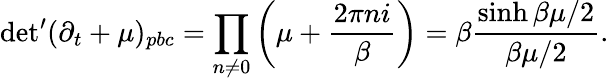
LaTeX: \mathrm{det}^{\prime}(\partial_{t}+\mu)_{pbc}=\prod_{n\neq 0}\left(\mu+\frac{2\pi ni}{\beta}\right)=\beta\frac{\sinh\beta\mu/2}{\beta\mu/2}.